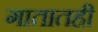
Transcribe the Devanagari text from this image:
गातातही